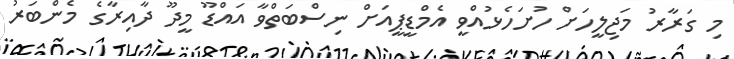
މި ގަރާރު މަޖިލީހަށް ހުށަހެޅުއްވީ އެމްޑީޕީއަށް ނިސްބަތްވާ އައްޑޫ މީދޫ ދާއިރާގެ މެންބަރު